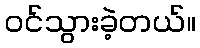
ဝင်သွားခဲ့တယ်။